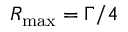
R _ { \mathrm { m a x } } = \Gamma / 4